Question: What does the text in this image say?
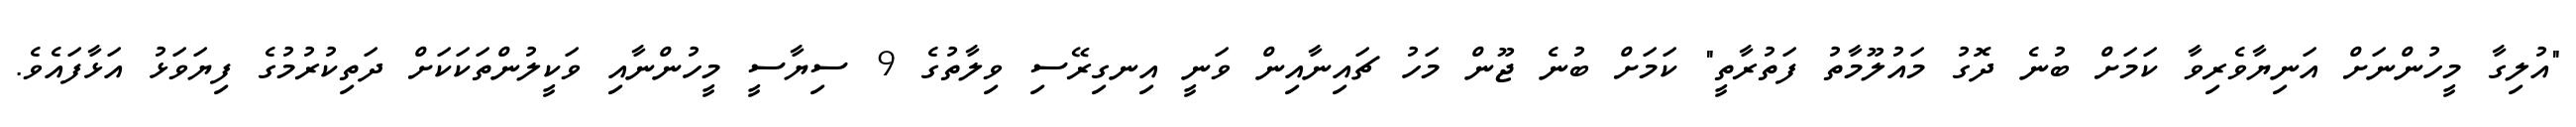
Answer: "އުލިގާ މީހުންނަށް އަނިޔާވެރިވާ ކަމަށް ބުނެ ދޮގު މައުލޫމާތު ފަތުރާތީ" ކަމަށް ބުނެ ޖޫން މަހު ޗައިނާއިން ވަނީ އިނގިރޭސި ވިލާތުގެ 9 ސިޔާސީ މީހުންނާއި ވަކީލުންތަކަކަށް ދަތިކުރުމުގެ ފިޔަވަޅު އަޅާފައެވެ.